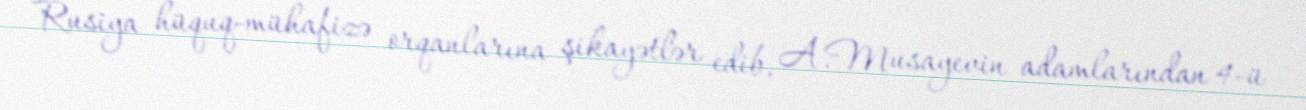
Rusiya hüquq-mühafizə orqanlarına şikayətlər edib, A.Musayevin adamlarından 4-ü